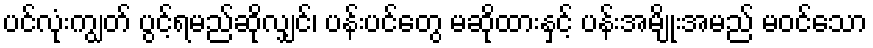
ပင်လုံးကျွတ် ပွင့်ရမည်ဆိုလျှင်၊ ပန်းပင်တွေ မဆိုထားနှင့် ပန်းအမျိုးအမည် မဝင်သော